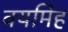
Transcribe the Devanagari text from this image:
वयमिह